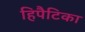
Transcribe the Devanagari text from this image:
हिपैटिका